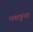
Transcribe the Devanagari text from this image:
पचगुना